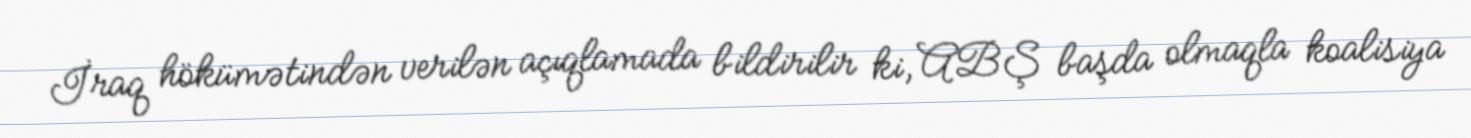
İraq hökümətindən verilən açıqlamada bildirilir ki, ABŞ başda olmaqla koalisiya